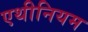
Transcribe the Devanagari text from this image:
एथीनियम